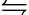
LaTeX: \leftrightharpoons